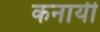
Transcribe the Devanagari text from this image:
कनायी